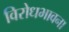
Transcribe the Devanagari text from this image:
विरोधभावना